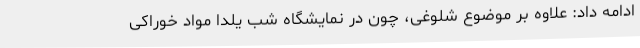
ادامه داد: علاوه بر موضوع شلوغی، چون در نمایشگاه شب یلدا مواد خوراکی